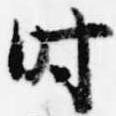
時